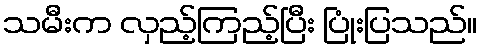
သမီးက လှည့်ကြည့်ပြီး ပြုံးပြသည်။